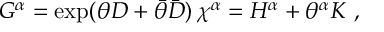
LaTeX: G ^ { \alpha } = \exp ( \theta D + \bar { \theta } \bar { D } ) \, \chi ^ { \alpha } = H ^ { \alpha } + \theta ^ { \alpha } K \ ,